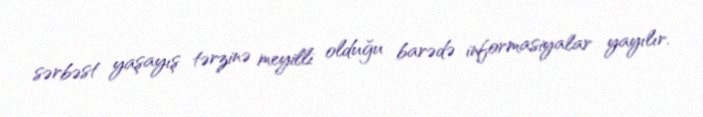
sərbəst yaşayış tərzinə meyilli olduğu barədə informasiyalar yayılır.